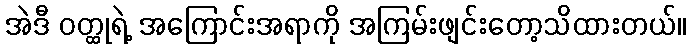
အဲဒီ ဝတ္ထုရဲ့ အကြောင်းအရာကို အကြမ်းဖျင်းတော့သိထားတယ်။